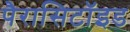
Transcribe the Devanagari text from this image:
पैरासिटॉइड